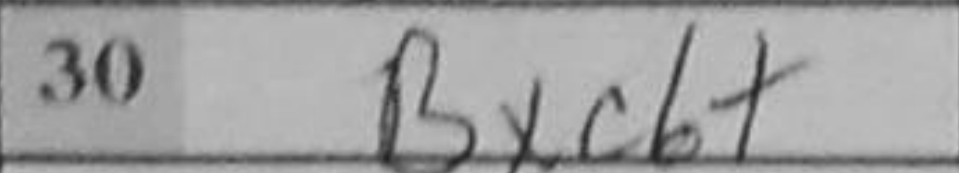
Transcription: Bxc6+